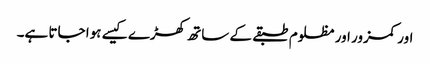
اور کمزور اور مظلوم طبقے کے ساتھ کھڑے کیسے ہوا جاتا ہے۔